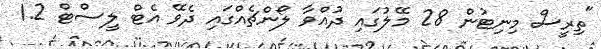
"ތިރީސް މިނިޓުން 28 މޭލުގައި ދުއްވާ ލޯންޗެއްގައި ދެވޭ އެޓް ލީސްޓް 1.2